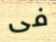
فى